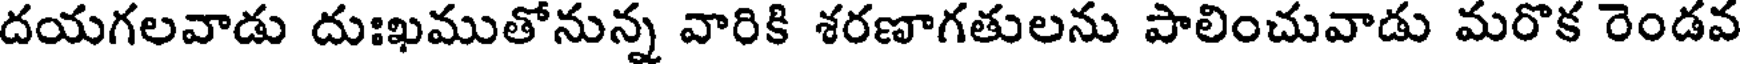
దయగలవాడు దుఃఖముతోనున్న వారికి శరణాగతులను పాలించువాడు మరొక రెండవ